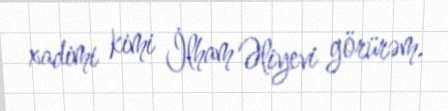
xadimi kimi İlham Əliyevi görürəm.